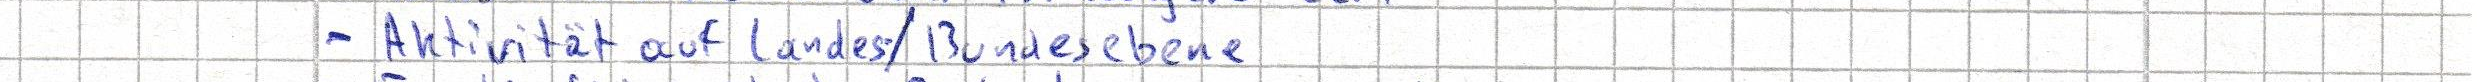
- Aktivität auf Lands/Bundesebene